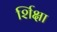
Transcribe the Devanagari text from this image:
र्शिक्षा